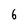
Character: 6